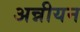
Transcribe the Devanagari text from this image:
अन्नीयन